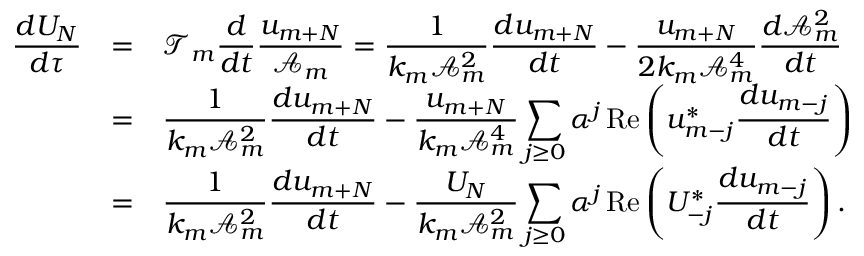
\begin{array} { r c l } { \displaystyle \frac { d U _ { N } } { d \tau } } & { = } & { \displaystyle \mathcal { T } _ { m } \frac { d } { d t } \frac { u _ { m + N } } { \mathcal { A } _ { m } } = \frac { 1 } { k _ { m } \mathcal { A } _ { m } ^ { 2 } } \frac { d u _ { m + N } } { d t } - \frac { u _ { m + N } } { 2 k _ { m } \mathcal { A } _ { m } ^ { 4 } } \frac { d \mathcal { A } _ { m } ^ { 2 } } { d t } } \\ & { = } & { \displaystyle \frac { 1 } { k _ { m } \mathcal { A } _ { m } ^ { 2 } } \frac { d u _ { m + N } } { d t } - \frac { u _ { m + N } } { k _ { m } \mathcal { A } _ { m } ^ { 4 } } \sum _ { j \ge 0 } \alpha ^ { j } \, \mathrm { R e } \left( u _ { m - j } ^ { * } \frac { d u _ { m - j } } { d t } \right) } \\ & { = } & { \displaystyle \frac { 1 } { k _ { m } \mathcal { A } _ { m } ^ { 2 } } \frac { d u _ { m + N } } { d t } - \frac { U _ { N } } { k _ { m } \mathcal { A } _ { m } ^ { 2 } } \sum _ { j \ge 0 } \alpha ^ { j } \, \mathrm { R e } \left( U _ { - j } ^ { * } \frac { d u _ { m - j } } { d t } \right) . } \end{array}